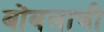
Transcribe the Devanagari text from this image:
बोंबलाची